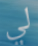
لي